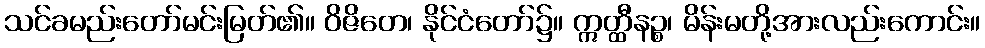
သင်ခမည်းတော်မင်းမြတ်၏။ ဝိဇိတေ၊ နိုင်ငံတော်၌။ ဣတ္ထီနဉ္စ၊ မိန်းမတို့အားလည်းကောင်း။